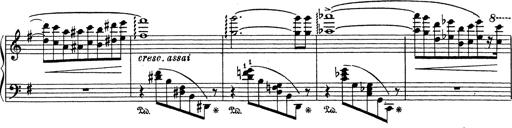
Title: Grosses Konzertsolo
Composer: Franz Liszt